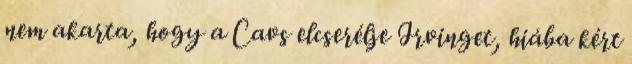
nem akarta, hogy a Cavs elcserélje Irvinget, hiába kért